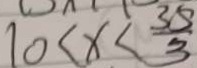
1 0 < x < \frac { 3 5 } { 3 }